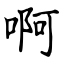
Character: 啊